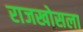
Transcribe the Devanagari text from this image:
राजखोसला